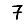
Digit: 7